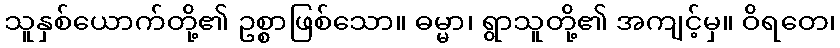
သူနှစ်ယောက်တို့၏ ဥစ္စာဖြစ်သော။ ဓမ္မာ၊ ရွာသူတို့၏ အကျင့်မှ။ ဝိရတေ၊